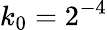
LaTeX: k_{0}=2^{-4}